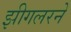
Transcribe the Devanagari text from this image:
झीगलरने